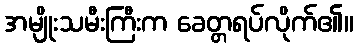
အမျိုးသမီးကြီးက ခေတ္တရပ်လိုက်၏။